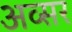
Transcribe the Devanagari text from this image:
अव्सर